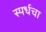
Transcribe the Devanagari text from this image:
स्पर्धचा